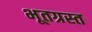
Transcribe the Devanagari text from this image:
भूतग्रस्त